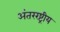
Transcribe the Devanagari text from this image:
अंतररष्ट्रीय